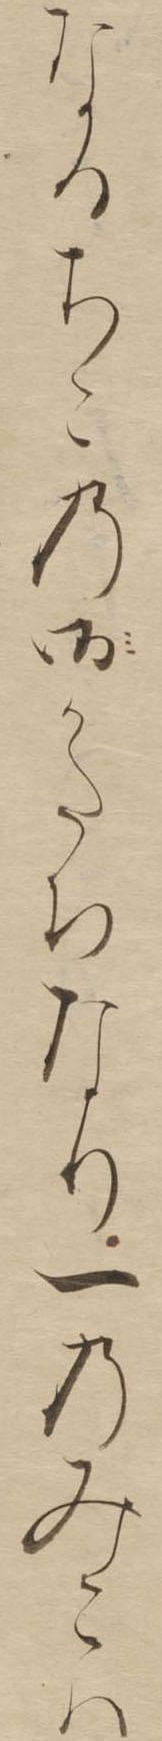
なるちこの御かたちなり一のみこは